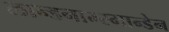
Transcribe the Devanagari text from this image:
लान्डनाम्स्मान्डेन